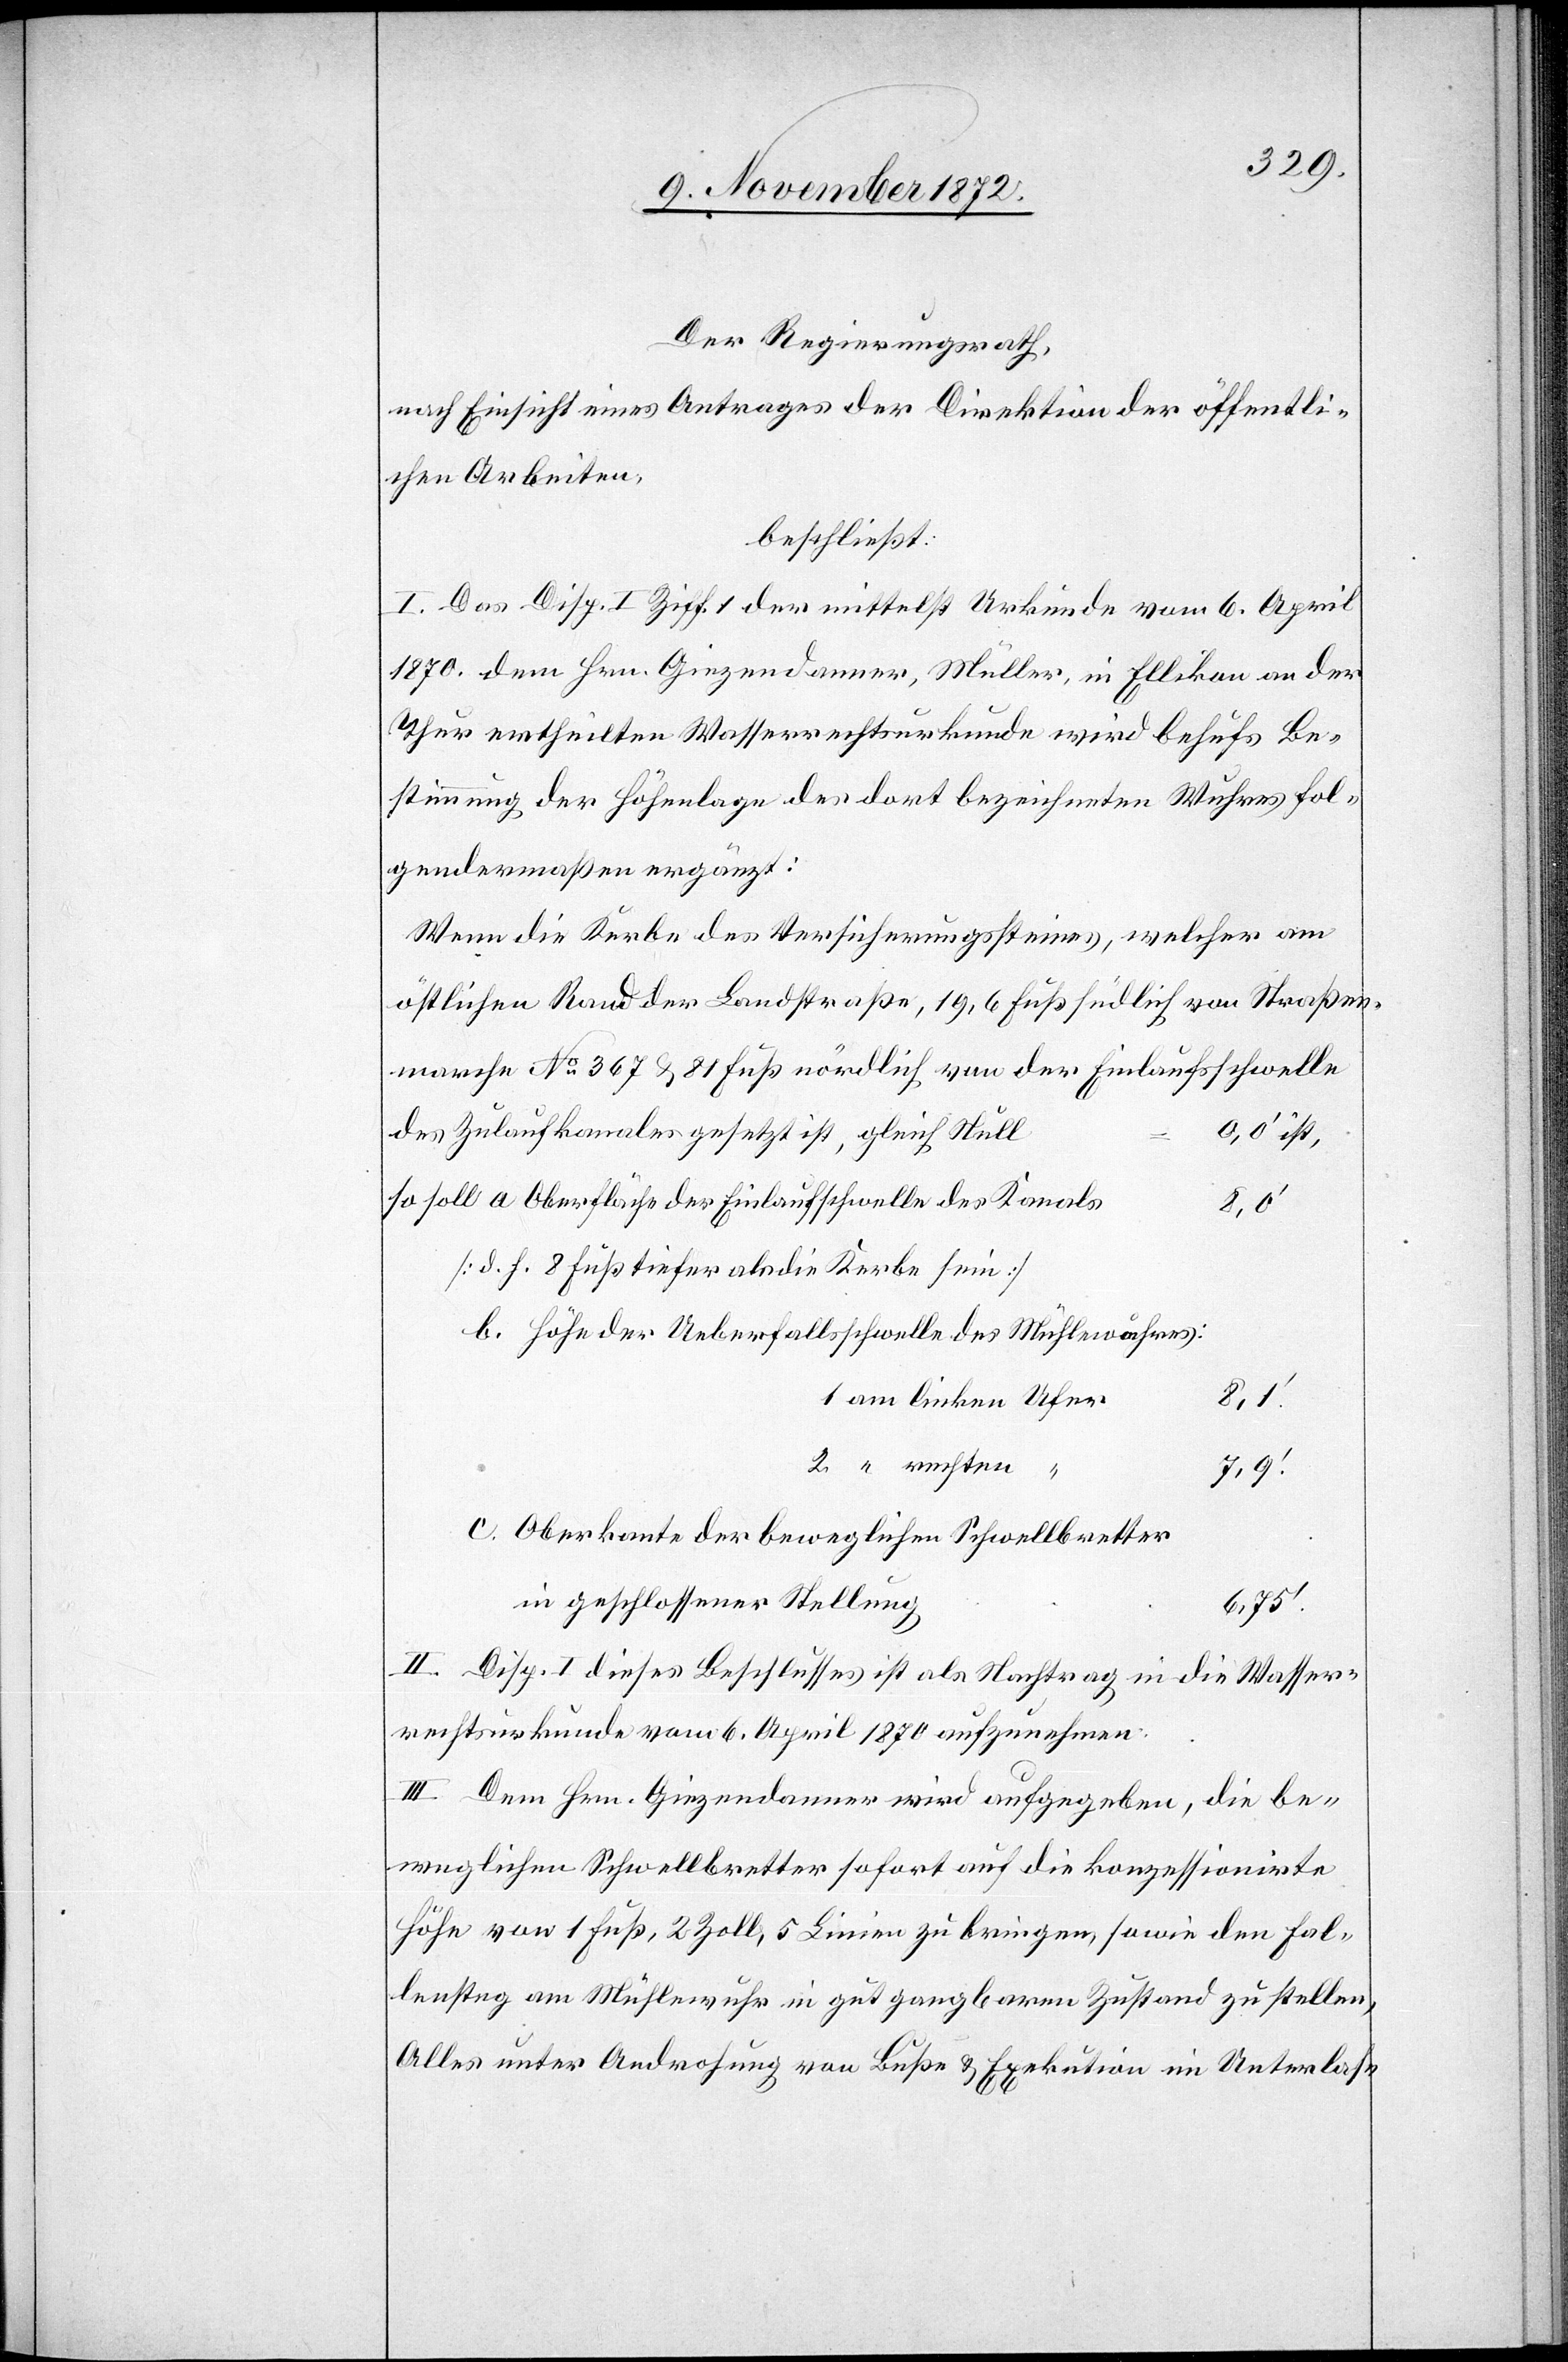
Der Regierungsrath,
nach Einsicht eines Antrages der Direktion der öffentli¬
chen Arbeiten,
beschließt:
I. Das Disp. I Ziff. 1 der mittelst Urkunde vom 6. April
1870 dem Hrn. Giezendanner, Müller, in Ellikon an der
Thur ertheilten Wasserrechtsurkunde wird behufs Be¬
stimmung der Höhenlage des dort bezeichneten Wuhres fol¬
gendermaßen ergänzt:
Wenn die Kerbe des Versicherungssteines, welcher am
östlichen Rand der Landstraße, 19,6 Fuß südlich von Straßen¬
marche No 367 u. 81 Fuß nördlich von der Einlaufsschwelle
des Zulaufkanales gesetzt ist, gleich Null
0,0’ ist,
so soll a Oberfläche der Einlaufschwelle des Kanals
8.0’
[d. h. 8 Fuß tiefer als die Kerbe sein]
b. Höhe der Ueberfallsschwelle des Mühlenwuhres:
1. am linken Ufer
2. “ rechten
“
7,9’
c. Oberkante der beweglichen Schwellbretter
in geschlossener Stellung
6,75’
II. Disp. I dieses Beschlusses ist als Nachtrag in die Wasser¬
rechtsurkunde vom 6. April 1870 aufzunehmen.
III. Dem Hrn. Giezendanner wird aufgegeben, die be¬
weglichen Schwellbretter sofort auf die konzessionirte
Höhe von 1 Fuß, 2 Zoll, 5 Linien zu bringen, sowie den Fal¬
lensteg am Mühlewuhr in gut gangbaren Zustand zu stellen,
Alles unter Androhung von Buße u. Exekution im Unterlas-